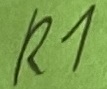
Text: R1